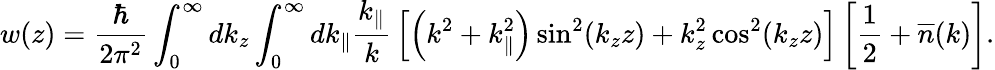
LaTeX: w(z)={\frac{\hbar}{2\pi^{2}}}\int_{0}^{\infty}dk_{z}\int_{0}^{\infty}dk_{\| }{\frac{k_{\| }}{k}}\left[\left(k^{2}+k_{\| }^{2}\right)\sin^{2}(k_{z}z)+k_{z}^{2}\cos^{2}(k_{z}z)\right]\left[{\frac{1}{2}}+{\overline{{n}}}(k)\right].